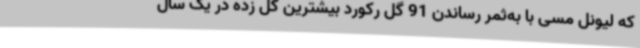
که لیونل مسی با به‌ثمر رساندن 91 گل رکورد بیشترین گل زده در یک سال